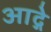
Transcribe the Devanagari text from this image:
आद्गे